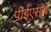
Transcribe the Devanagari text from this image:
पीईएसचे